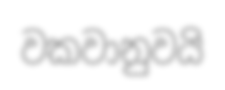
වකවානුවයි